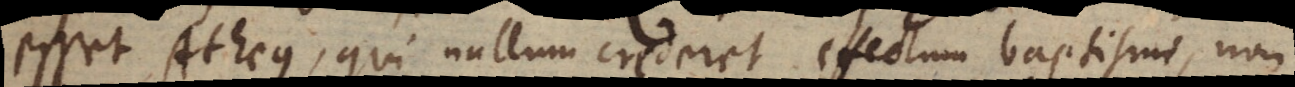
esset Atheus, qui nullum crederet effectum baptismi, non